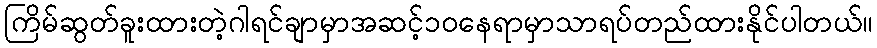
ကြိမ်ဆွတ်ခူးထားတဲ့ဂါရင်ချာမှာအဆင့်၁၀နေရာမှာသာရပ်တည်ထားနိုင်ပါတယ်။